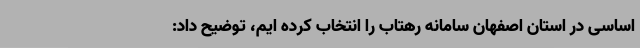
اساسی در استان اصفهان سامانه رهتاب را انتخاب کرده ایم، توضیح داد: